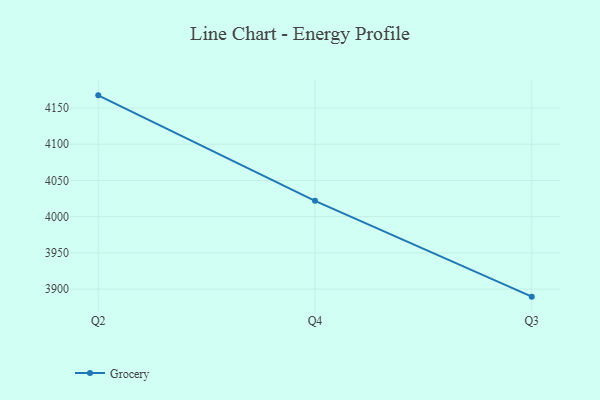
{"axis": {"x": "Quarter", "y": "Active Users"}, "legend": ["Grocery"], "data": [{"x": "Q2", "y": 4167.4, "type": "Grocery"}, {"x": "Q4", "y": 4021.8, "type": "Grocery"}, {"x": "Q3", "y": 3889.6, "type": "Grocery"}]}